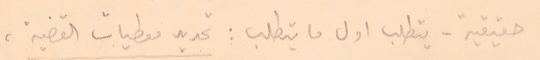
حقيقية - يتطلب اول ما يتطلب: تحديد معطيات القضية،